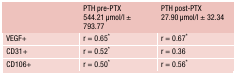
<table><thead><tr><td></td><td><b>PTH pre-PTX544.21 μmol/l ± 793.77</b></td><td><b>PTH post-PTX27.90 μmol/l ± 32.34</b></td></tr></thead><tbody><tr><td>VEGF+</td><td>r = 0.65<sup>*</sup></td><td>r = 0.67<sup>*</sup></td></tr><tr><td>CD31+</td><td>r = 0.52<sup>*</sup></td><td>r = 0.36</td></tr><tr><td>CD106+</td><td>r = 0.50<sup>*</sup></td><td>r = 0.56<sup>*</sup></td></tr></tbody></table>